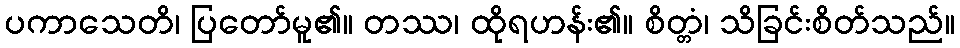
ပကာသေတိ၊ ပြတော်မူ၏။ တဿ၊ ထိုရဟန်း၏။ စိတ္တံ၊ သိခြင်းစိတ်သည်။